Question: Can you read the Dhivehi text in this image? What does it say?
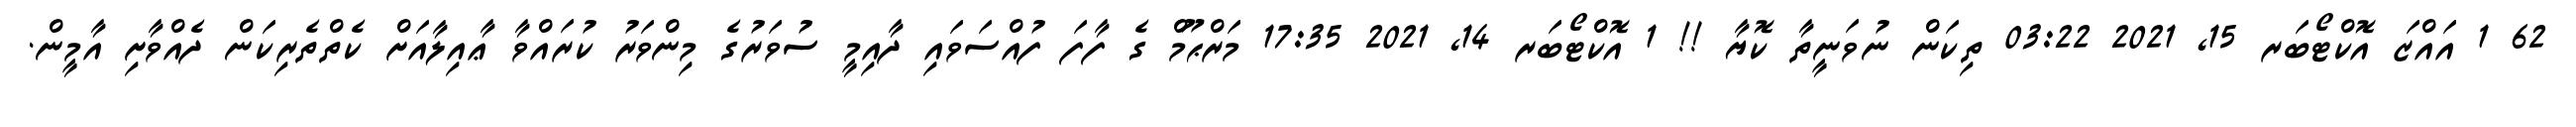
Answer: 62 1 އައްޒަ އޮކްޓޯބަރ 15, 2021 03:22 ތިކަން ނުވަނީތާ ކޮޔާ !! 1 އޮކްޓޯބަރ 14, 2021 17:35 މަރްޙޫމް ގެ ފާފަ ފުއްސަވައި ދާއިމީ ސުވަރުގެ މިންވަރު ކުރައްވާ ޢާއިލާއަށް ކެތްތެރިކަން ދެއްވާށި އާމީން.